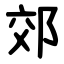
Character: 郊